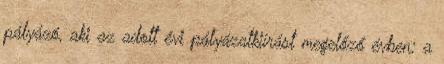
pályázó, aki az adott évi pályázatkiírást megelőző évben: a